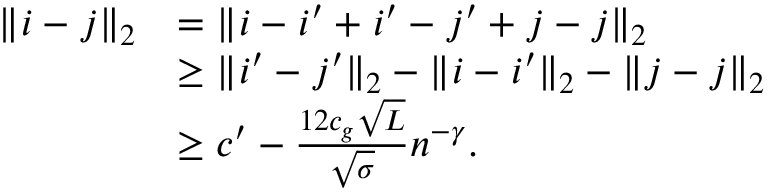
\begin{array} { r l } { \Vert \b _ { i } - \b _ { j } \Vert _ { 2 } } & { = \Vert \b _ { i } - \b _ { i ^ { \prime } } + \b _ { i ^ { \prime } } - \b _ { j ^ { \prime } } + \b _ { j } - \b _ { j } \Vert _ { 2 } } \\ & { \ge \Vert \b _ { i ^ { \prime } } - \b _ { j ^ { \prime } } \Vert _ { 2 } - \Vert \b _ { i } - \b _ { i ^ { \prime } } \Vert _ { 2 } - \Vert \b _ { j } - \b _ { j } \Vert _ { 2 } } \\ & { \ge c ^ { \prime } - \frac { 1 2 c _ { g } \sqrt { L } } { \sqrt { \sigma } } n ^ { - \gamma } . } \end{array}